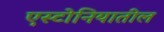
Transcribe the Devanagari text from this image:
एस्टोनियातील